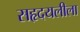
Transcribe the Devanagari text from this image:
सहृदयलीला